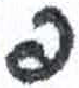
אות: ף